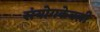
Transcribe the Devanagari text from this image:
संयोगकेवली